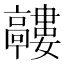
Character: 𲌘